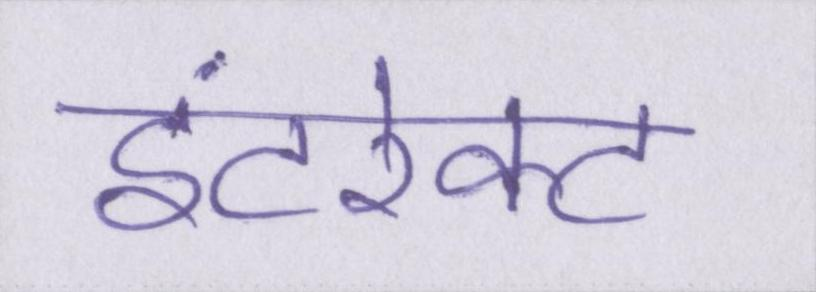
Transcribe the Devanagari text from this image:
इंटरेक्ट